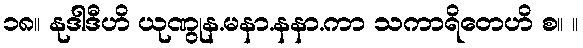
၁၈။ နုဒါဒီဟိ ယုဏွုန.မနာ.နနာ.ကာ သကာရိတေဟိ စ။ ။